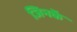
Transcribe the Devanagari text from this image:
जिनकें